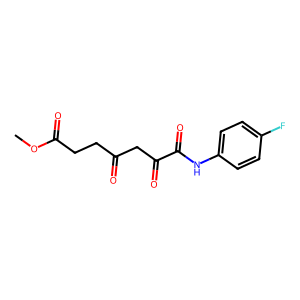
SMILES: COC(=O)CCC(=O)CC(=O)C(=O)Nc1ccc(F)cc1
Inhibits HIV replication: No